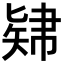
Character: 𥏚